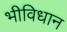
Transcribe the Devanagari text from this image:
भीविधान